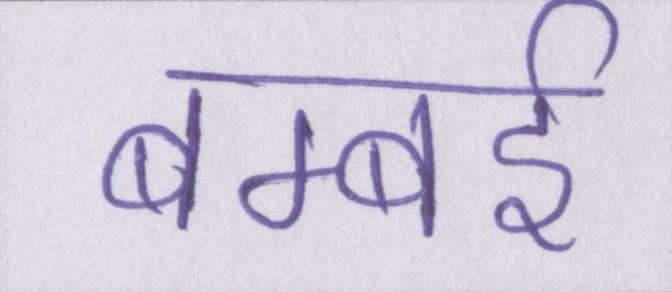
बम्बर्इ